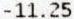
-11.25